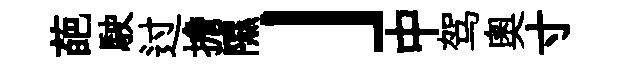
葩駛过擔隰」中驾奧寸